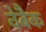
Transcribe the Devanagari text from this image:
वेबैक